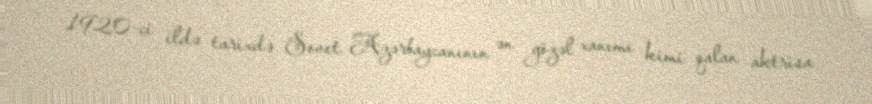
1920-ci ildə tarixdə Sovet Azərbaycanının ən gözəl xanımı kimi qalan aktrisa